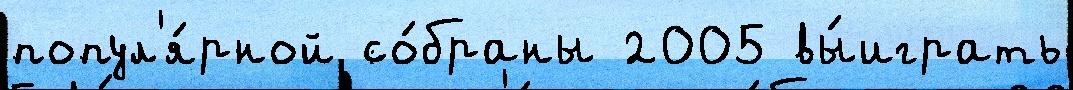
попул'я́рной со́браны 2005 вы́играть